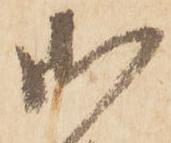
御